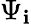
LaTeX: \Psi_{\mathbf{i}}